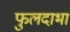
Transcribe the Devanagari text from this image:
फुलदाभा